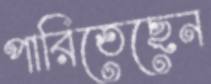
পারিতেছেন